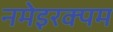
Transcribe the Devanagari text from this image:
नमेइरक्पम